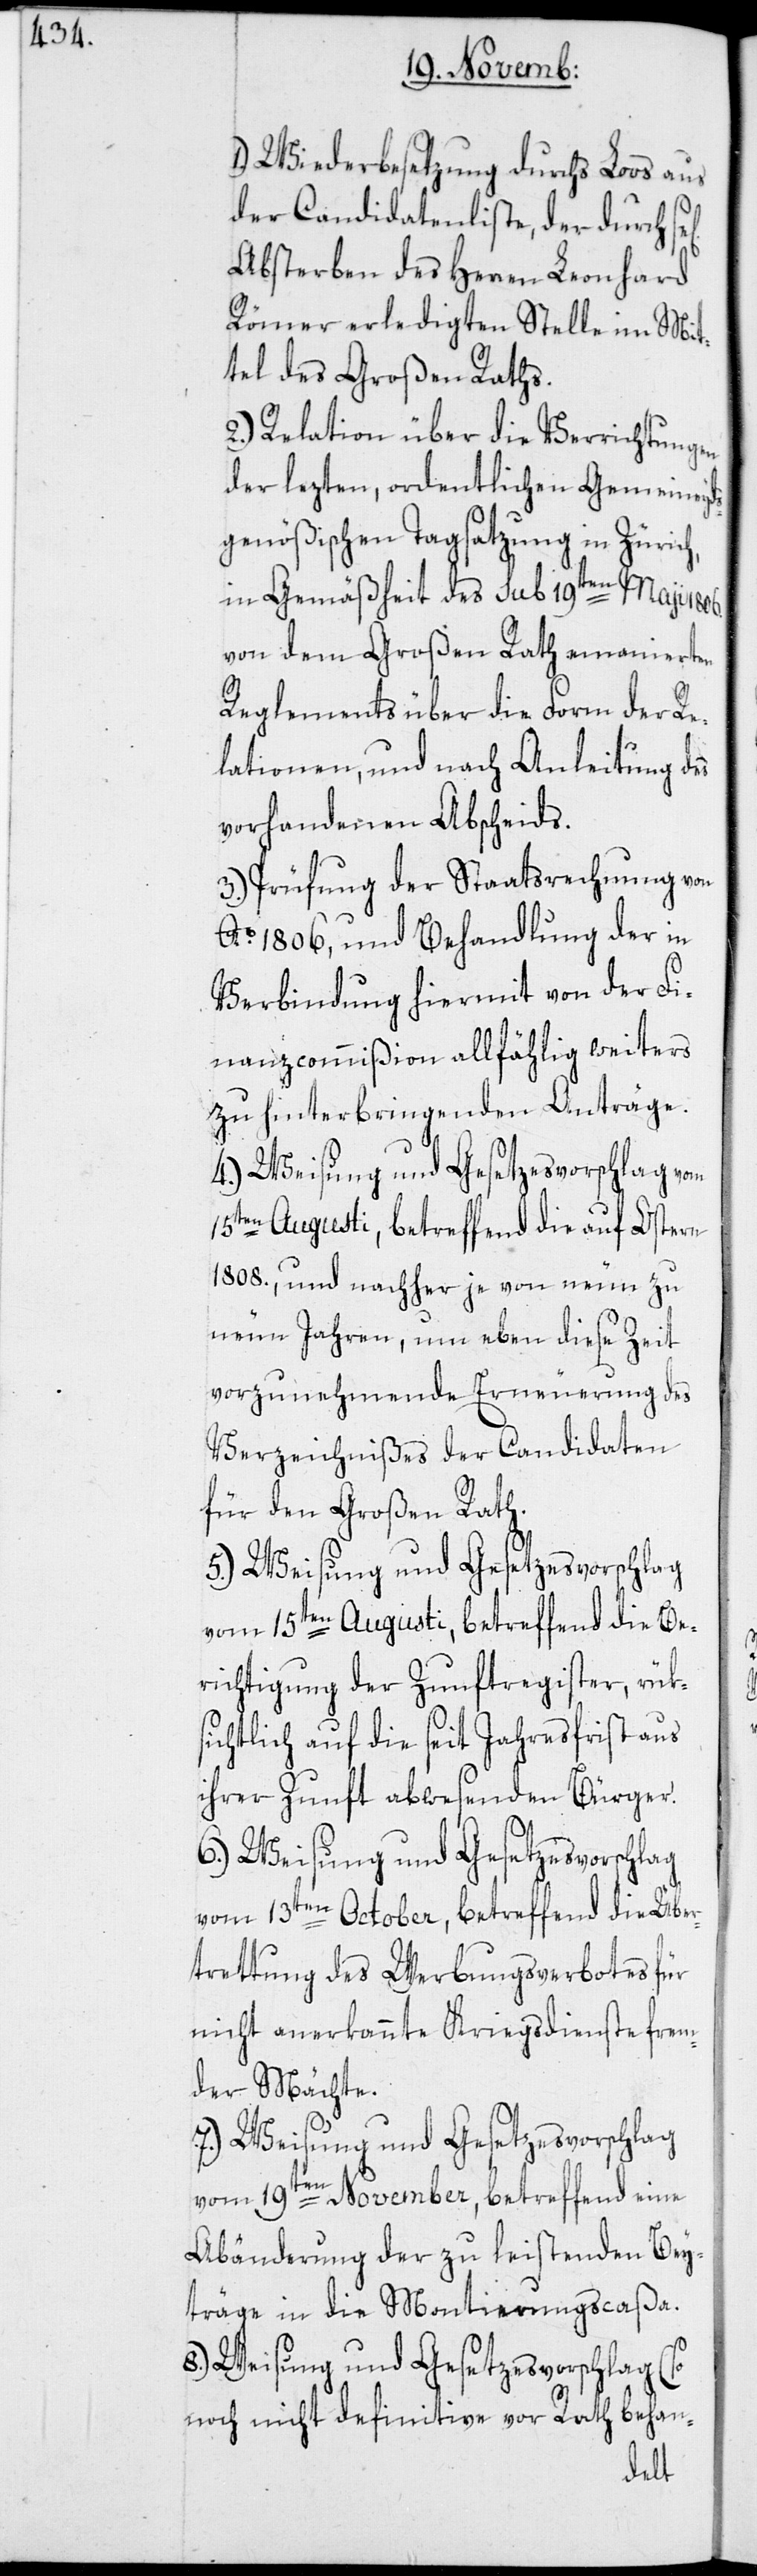
1.) Wiederbesetzung durchs Loos aus
der Candidatenliste, der durch
Absterben des Herren Leonhard
Römer erledigten Stelle im Mit¬
tel des Großen Raths.
2.) Relation über die Verrichtungen
der lezten, ordentlichen Gemeineyd¬
sgenößischen Tagsatzung in Zürich,
in Gemäßheit des sub 19ten Maji 1806.
von dem Großen Rath emanierten
Reglements über die Form der Re¬
lationen, und nach Anleitung des
vorhandenen Abscheids.
3.) Prüfung der Staatsrechnung von
Ao 1806, und Behandlung der in
Verbindung hiermit von der Fi¬
nanzcommißion allfählig weiters
zu hinterbringenden Anträge.
4.) Weisung und Gesetzesvorschlag vom
15ten Augusti, betreffend die auf Ostern
1808., und nachher je von neun zu
neun Jahren, um eben diese Zeit
vorzunehmende Erneuerung des
Verzeichnißes der Candidaten
für den Großen Rath.
5.) Weisung und Gesetzesvorschlag
vom 15ten Augusti, betreffend die Be¬
richtigung der Zunftregister, rüks¬
ichtlich auf die seit Jahresfrist aus
ihrer Zunft abwesenden Bürger.
6.) Weisung und Gesetzesvorschlag
vom 13ten October, betreffend die Über¬
tretung des Werbungsverbotes für
nicht anerkannte Kriegsdienste frem¬
der Mächte.
7.) Weisung und Gesetzesvorschlag
vom 19ten November, betreffend eine
Abänderung der zu leistenden Bey¬
träge in die Montierungscaßa.
8.) Weisung und Gesetzesvorschlag (so
noch nicht definitive vor Rath behan-